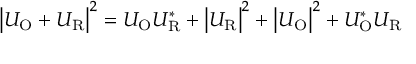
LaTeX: \left| U _ { \mathrm { O } } + U _ { \mathrm { R } } \right| ^ { 2 } = U _ { \mathrm { O } } U _ { \mathrm { R } } ^ { * } + \left| U _ { \mathrm { R } } \right| ^ { 2 } + \left| U _ { \mathrm { O } } \right| ^ { 2 } + U _ { \mathrm { O } } ^ { * } U _ { \mathrm { R } }